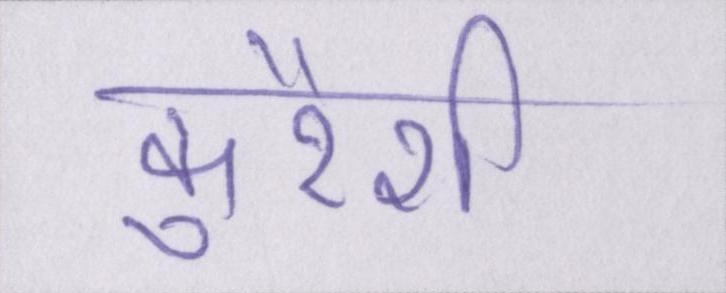
कुरैशी